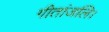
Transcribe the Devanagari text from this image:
गीतांजलि।